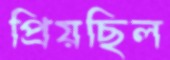
প্রিয়ছিল